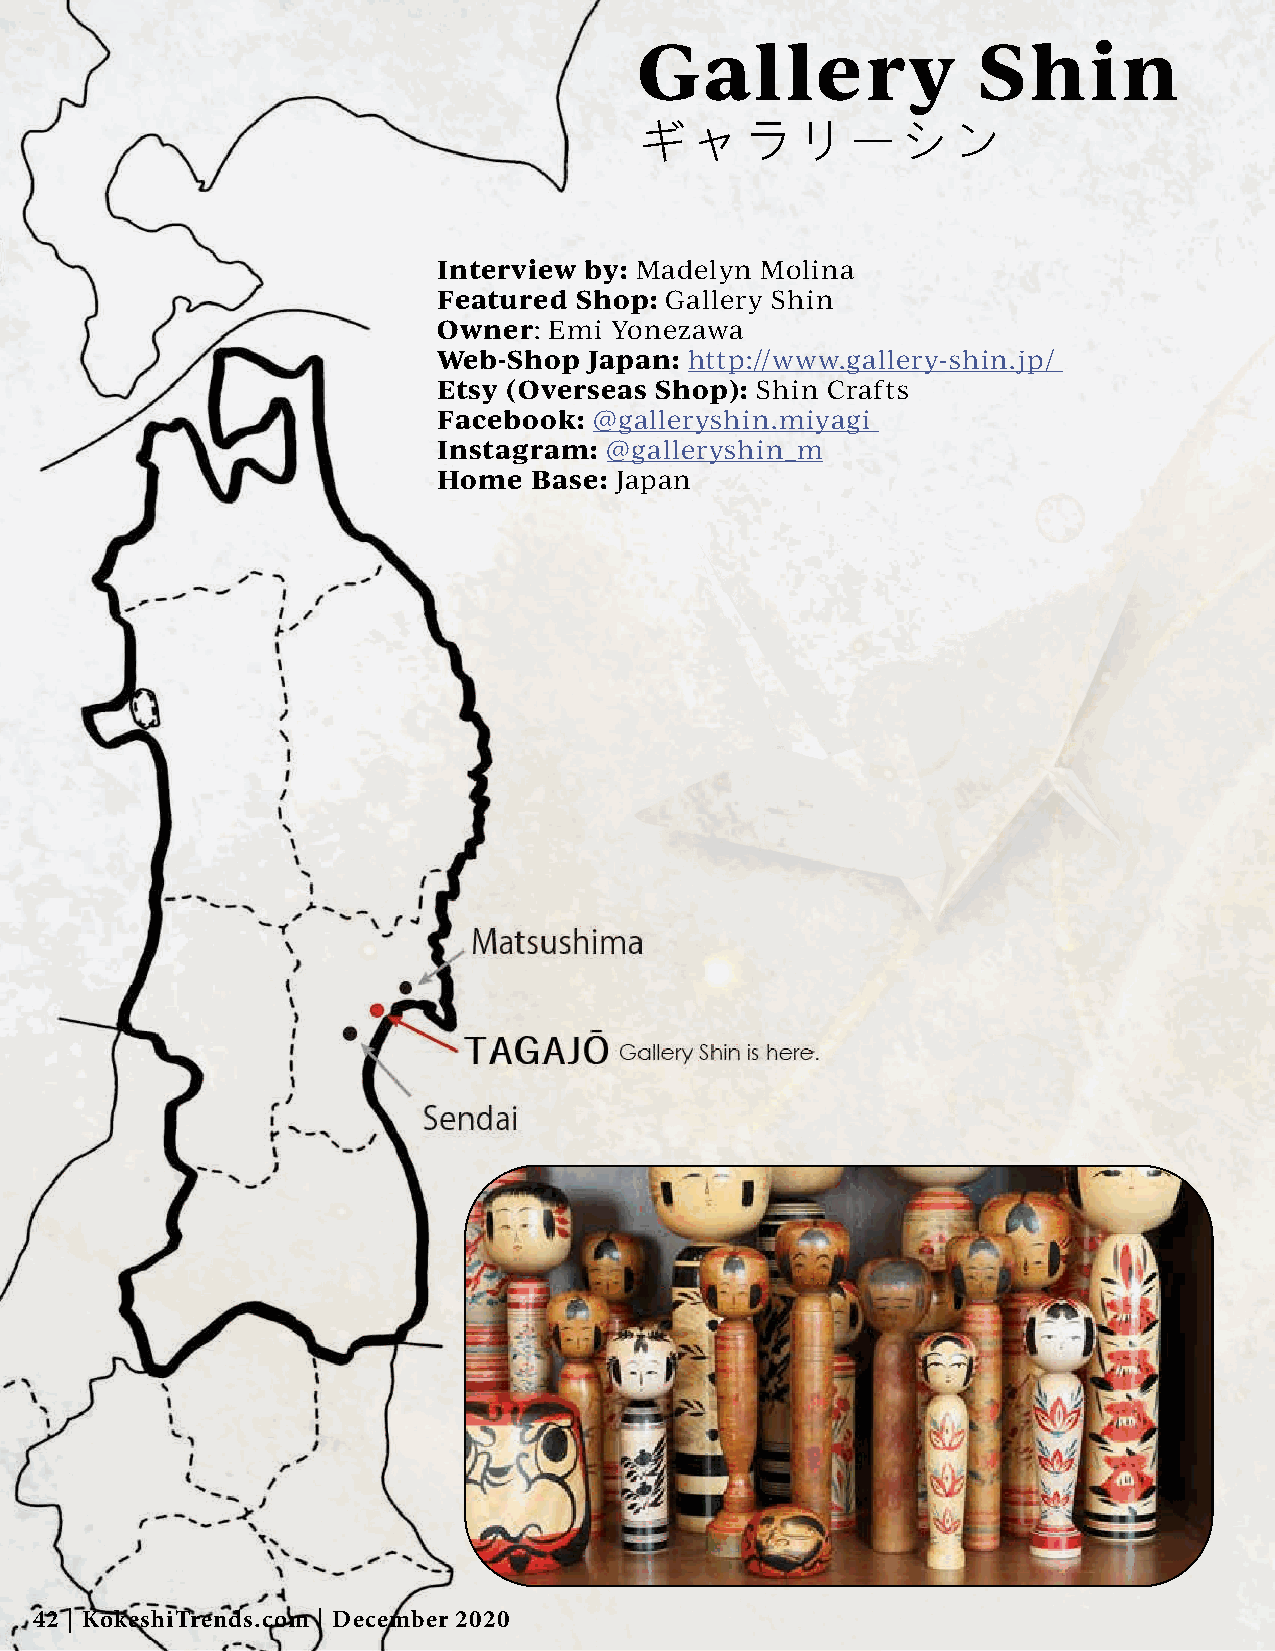
Gallery                Shin
 ギャラリーシン
 Interview by: Madelyn Molina
 Featured Shop: Gallery Shin
 Owner: Emi Yonezawa
 Web-Shop  Japan: http://www.gallery-shin.jp/
 Etsy (Overseas Shop): Shin Crafts
 Facebook: @galleryshin.miyagi
 Instagram: @galleryshin_m
 Home  Base: Japan
 42 | KokeshiTrends.com | December 2020